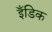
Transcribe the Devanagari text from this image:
इँडिक